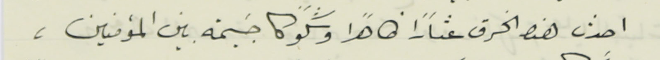
احدث هذه الخرق عثارًا ظاهرًا وشكوكًا جسيمة بين المؤمنين،